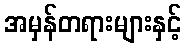
အမှန်တရားများနှင့်